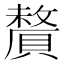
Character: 𬥦